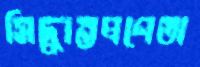
সিদ্ধান্তপ্রণেতা